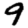
Digit: 9